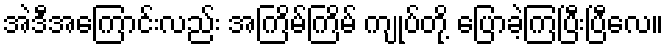
အဲဒီအကြောင်းလည်း အကြိမ်ကြိမ် ကျုပ်တို့ ပြောခဲ့ကြပြီးပြီလေ။